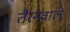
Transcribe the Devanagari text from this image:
तैरनवाले